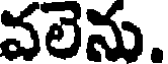
వలెను.